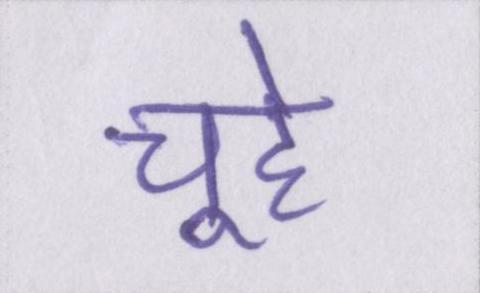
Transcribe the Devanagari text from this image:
चूहे